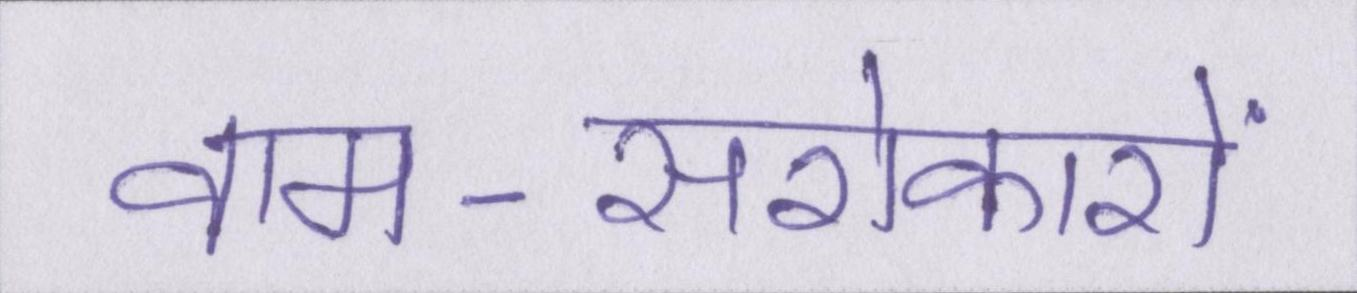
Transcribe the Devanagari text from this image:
वाम-सरोकारों